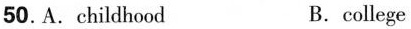
50. A. childhood B. college